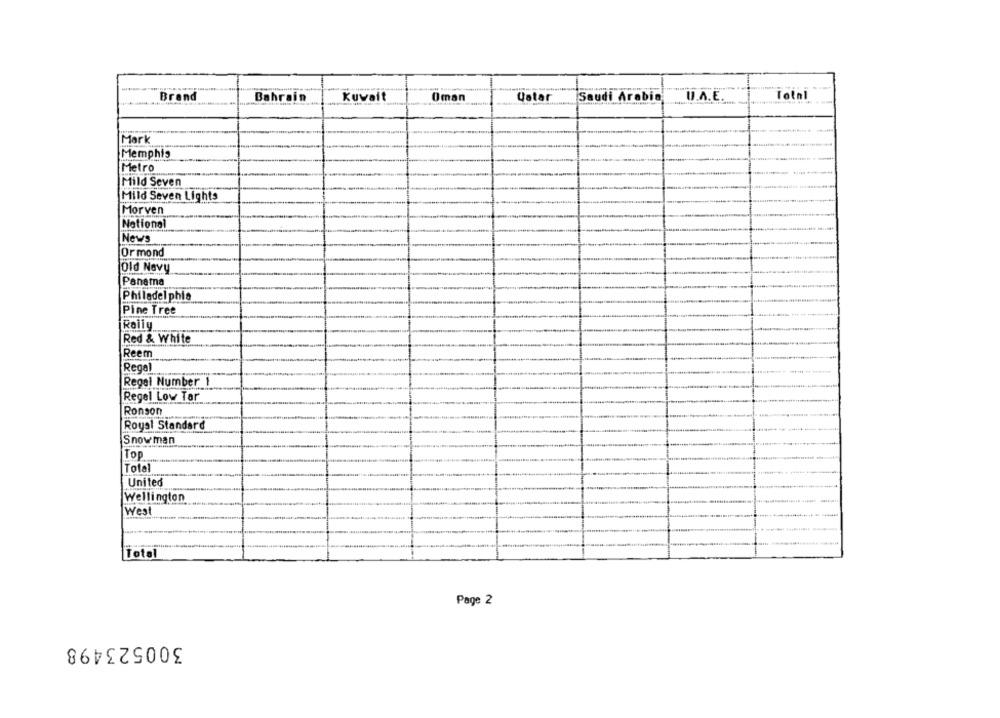
Brand
Bahrain
Kuwait
Oman
Qatar
Saudi Arabia
11.A.E.
lotni
Mark
Memphis
Metro
Mild Seven
Mild Seven Lights
Morven
Notionel
News
Ormond
Old Navy
Panama
Philadelphie
Pine Tree
Red & White
Reem
Regal
Regel Number 1
Regel Low Tar
Ronson
Royal Standard
Snow man
Top
Total
United
Wellington
West
Total
Page 2
300523498